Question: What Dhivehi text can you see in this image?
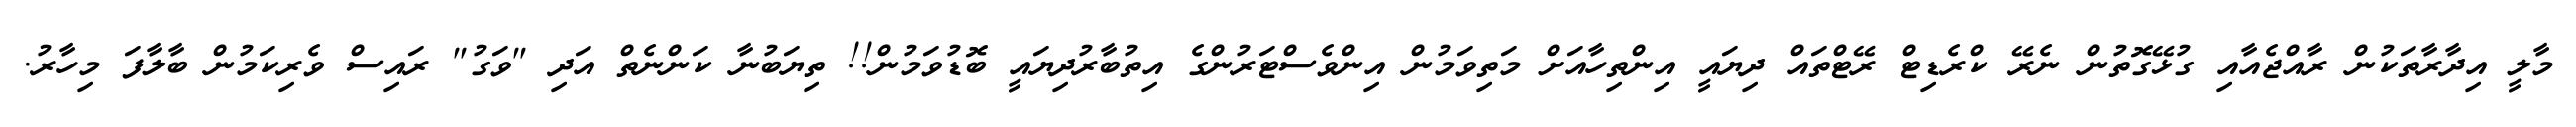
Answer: މާލީ އިދާރާތަކުން ރާއްޖެއާއި ގުޅޭގޮތުން ނެރޭ ކްރެޑިޓް ރޭޓްތައް ދިޔައީ އިންތިހާއަށް މަތިވަމުން އިންވެސްޓަރުންގެ އިތުބާރުދިޔައީ ބޮޑުވަމުން!! ތިޔަބުނާ ކަންނެތް އަދި "ވަގު" ރައިސް ވެރިކަމުން ބާލާފަ މިހާރު.